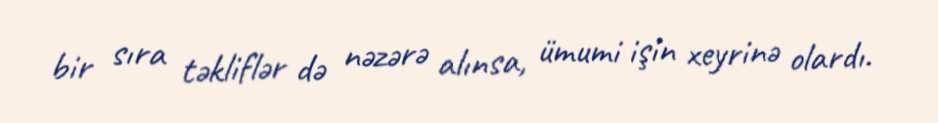
bir sıra təkliflər də nəzərə alınsa, ümumi işin xeyrinə olardı.